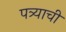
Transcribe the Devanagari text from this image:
पत्र्याची